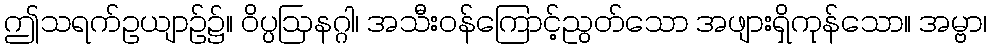
ဤသရက်ဥယျာဉ်၌။ ဝိပ္ပဩနဂ္ဂါ၊ အသီးဝန်ကြောင့်ညွတ်သော အဖျားရှိကုန်သော။ အမ္ဗာ၊